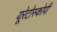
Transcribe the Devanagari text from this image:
यूरेटोस्कोपी